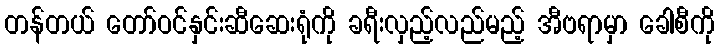
တန်တယ် တော်ဝင်နှင်းဆီဆေးရုံကို ခရီးလှည့်လည်မည့် အီဗရာမှာ ခေါစီကို